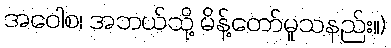
အဝေါစ၊ အဘယ်သို့ မိန့်တော်မူသနည်း။)